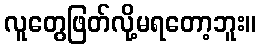
လူတွေဖြတ်လို့မရတော့ဘူး။